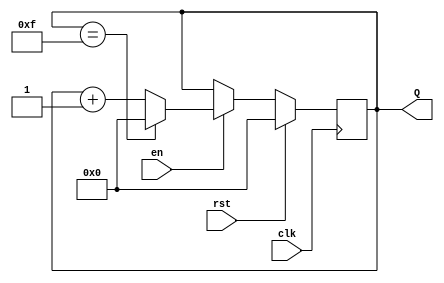
module up_counter (
    input wire clk,      // Clock signal
    input wire en,       // Enable signal
    input wire rst,      // Synchronous reset signal
    output reg [3:0] Q   // 4-bit output count
);

    // Always block triggered on the rising edge of the clock
    always @(posedge clk) begin
        if (rst) begin
            // Reset the counter to zero
            Q <= 4'b0000;
        end else if (en) begin
            // Increment the counter
            if (Q == 4'b1111) begin
                Q <= 4'b0000; // Wrap around to zero
            end else begin
                Q <= Q + 1;   // Increment the counter
            end
        end
        // If enable is low, retain the current value (do nothing)
    end

endmodule